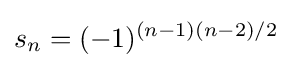
s_{n}=(-1)^{(n-1)(n-2)/2}